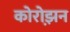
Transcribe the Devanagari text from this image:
कोरोझ़न